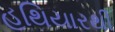
હથિયારથી